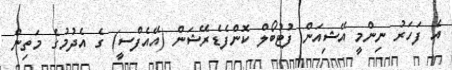
އެ ފަހަރު ނިންމީ އޭޝިއަން ފުޓުބޯލް ކޮންފެޑެރޭޝަން (އޭއެފްސީ) ގެ އެދުމުގެ މަތިން